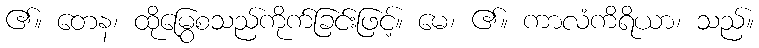
၏။ တေန၊ ထိုမြွေစသည်ကိုက်ခြင်းဖြင့်။ မေ၊ ၏။ ကာလံကိရိယာ၊ သည်။